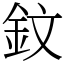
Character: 鈫